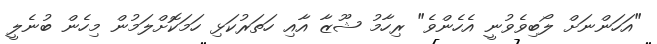
"އަހަންނަށް ލޯބިވެވުނީ އެހެންވެ" ރިހާމު ޝޫޒާ އާއި ހަތަރުކަޅި ހަމަކޮށްލަމުން މިހެން ބުނެލީ